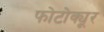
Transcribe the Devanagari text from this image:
फोटोक्यूर